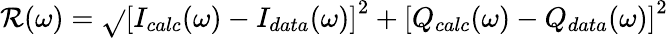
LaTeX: \mathcal{R}(\omega)=\sqrt{}{{\left[I_{calc}(\omega)-I_{data}(\omega)\right]^{2}+\left[Q_{calc}(\omega)-Q_{data}(\omega)\right]^{2}}}